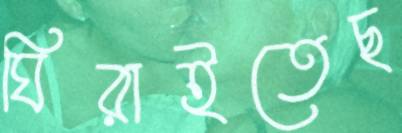
ঘিরাইতেছ